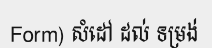
Form) សំដៅ ដល់ ទម្រង់